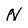
Character: N